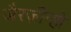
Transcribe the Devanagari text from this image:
जैरज़ीन्हो